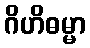
ဂိဟိဓမ္မာ